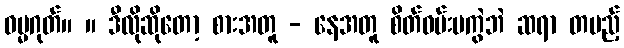
ဓမ္မဂုတ်။ ။ ဒီလိုဆိုတော့ စားအတူ - နေအတူ စိတ်ဝမ်းမကွဲဘဲ ဆရာ တပည့်